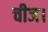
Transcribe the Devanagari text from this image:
चीज।